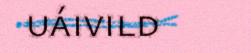
uáivild